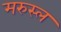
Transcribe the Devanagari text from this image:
मरुस्ल